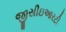
જીસીઇઆરટી